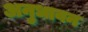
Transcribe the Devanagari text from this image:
अनुधावन